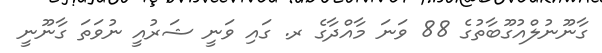
ގާނޫނުލްއުގޫބާތުގެ 88 ވަނަ މާއްދާގެ ރ. ގައި ވަނީ ޝަރުއީ ނުވަތަ ގާނޫނީ